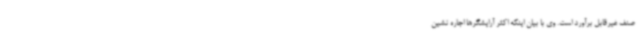
صنف غیرقابل برآورد است. وی با بیان اینکه اکثر آرایشگرها اجاره نشین